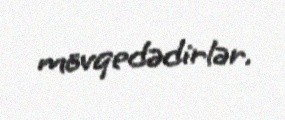
mövqedədirlər.